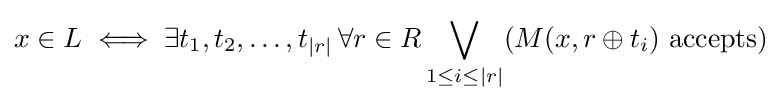
x\in L\iff \exists t_{1},t_{2},\dots ,t_{|r|}\,\forall r\in R\bigvee _{1\leq i\leq |r|}(M(x,r\oplus t_{i}){\text{ accepts}})